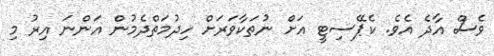
ވެސް އާދެ އެވެ. ކެޕޭސިޓީ އަށް ނުތަކާވަރަށް ހިދުމަތްދެމުން އަންނަ އިރު މި